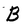
Character: B